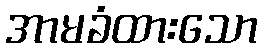
အာမခံထားသော